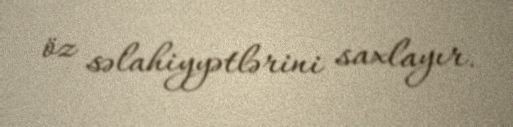
öz səlahiyyətlərini saxlayır.